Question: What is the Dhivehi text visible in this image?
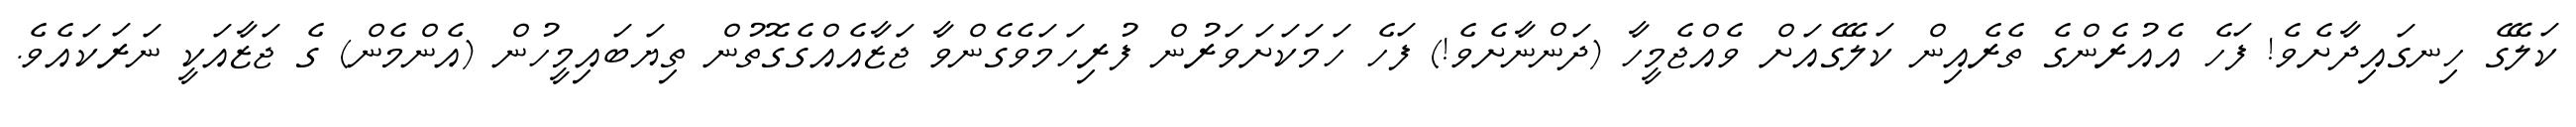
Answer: ކަލޭގެ ހިނގައިދާށެވެ! ފަހެ އެއުރެންގެ ތެރެއިން ކަލޭގެއަށް ވެއްޖެމީހާ (ދަންނާށެވެ!) ފަހެ ހަމަކަށަވަރުން ފުރިހަމަވެގެންވާ ޖަޒާއެއްގެގޮތުން ތިޔަބައިމީހުން (އެންމެން) ގެ ޖަޒާއަކީ ނަރަކައެވެ.